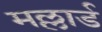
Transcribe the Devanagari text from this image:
मल्लार्ड